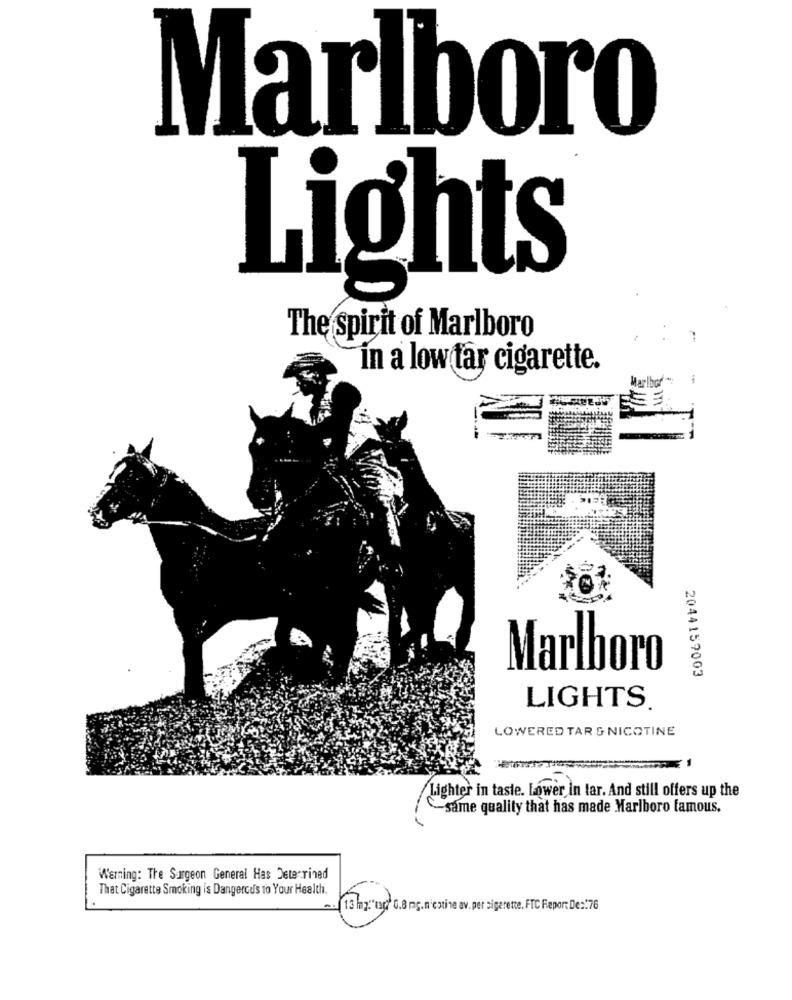
Marlboro
Lights
The spirit of Marlboro
in a low tar cigarette.
Marlboro
2044157003
LIGHTS.
LOWERED TAR & NICOTINE
Lighter in taste. Lower in lar. And still offers up the
-same quality that has made Marlboro famous.
Warning: The Surgeon General Has Deterrined
That Cigarette Smoking is Dangercd's to Your Health.
-. 13 mz"tag" 0.8 mg.n'estine av. per sigarette. FTC Fepor: De :: 76